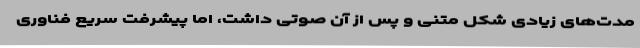
مدت‌های زیادی شکل متنی و پس از آن صوتی داشت، اما پیشرفت ‌سریع فناوری